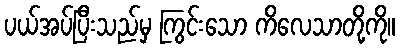
ပယ်အပ်ပြီးသည်မှ ကြွင်းသော ကိလေသာတို့ကို။